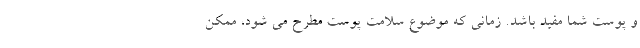
و پوست شما مفید باشد. زمانی که موضوع سلامت پوست مطرح می شود، ممکن